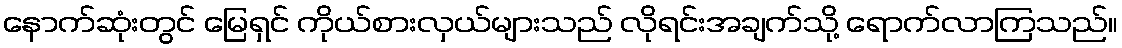
နောက်ဆုံးတွင် မြေရှင် ကိုယ်စားလှယ်များသည် လိုရင်းအချက်သို့ ရောက်လာကြသည်။